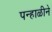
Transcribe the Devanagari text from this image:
पन्हाळीने